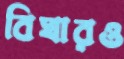
বিঘারও